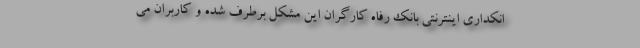
انکداری اینترنتی بانک رفاه کارگران این مشکل برطرف شده و کاربران می